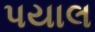
પયાલ